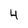
Character: 4